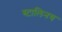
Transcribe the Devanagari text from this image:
स्टालिनच